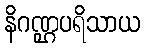
နိဂဏ္ဌပရိသာယ